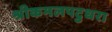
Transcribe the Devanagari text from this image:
श्रीकमलपटुधरा